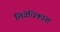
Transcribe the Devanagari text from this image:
लियेधिकांश